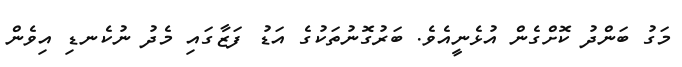
މަގު ބަންދު ކޮށްގެން އުޅެނީއެވެ. ބަރުގޮނުތަކުގެ އަޑު ފަޒާގައި މެދު ނުކެނޑި އިވެން